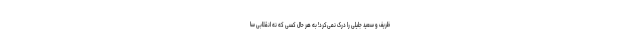
ظریف و سعید جلیلی را درک نمی‌کرد! به هر حال کسی که نه انقلابیِ سا